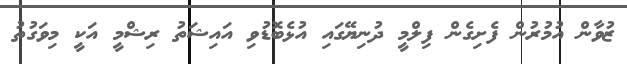
ޒުވާން އުމުރުން ފެށިގެން ފިލްމީ ދުނިޔޭގައި އުޅެބޮޑުވި އައިޝަތު ރިޝްމީ އަކީ މިވަގުުތު